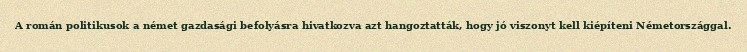
A román politikusok a német gazdasági befolyásra hivatkozva azt hangoztatták, hogy jó viszonyt kell kiépíteni Németországgal.